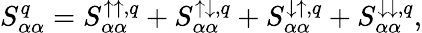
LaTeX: S_{\alpha\alpha}^{q}=S_{\alpha\alpha}^{\uparrow\uparrow,q}+S_{\alpha\alpha}^{\uparrow\downarrow,q}+S_{\alpha\alpha}^{\downarrow\uparrow,q}+S_{\alpha\alpha}^{\downarrow\downarrow,q},